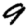
Digit: 9